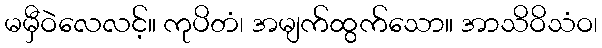
မမှီဝဲလေလင့်။ ကုပိတံ၊ အမျက်ထွက်သော။ အာသိဝိသံဝ၊